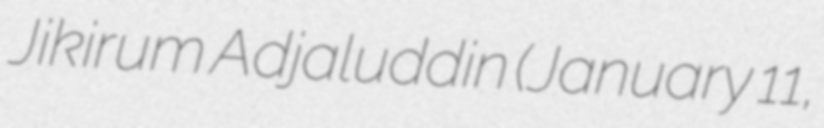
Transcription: Jikirum Adjaluddin (January 11,